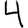
Digit: 4